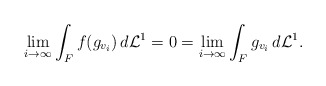
\begin{align*}\lim_{i\to\infty}\int_{F} f(g_{v_i})\,d\mathcal L^1=0=\lim_{i\to\infty}\int_{F} g_{v_i}\,d\mathcal L^1.\end{align*}